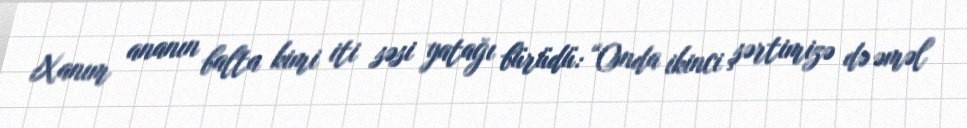
Xanım ananın balta kimi iti səsi yatağı bürüdü: “Onda ikinci şərtimizə də əməl